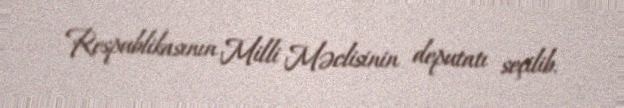
Respublikasının Milli Məclisinin deputatı seçilib.